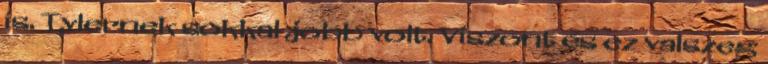
is. Tylernek sokkal jobb volt. Viszont és ez valszeg